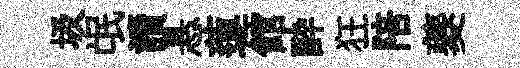
圾氓讀悬蓮館酔狂陪夔